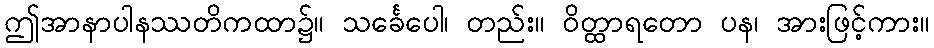
ဤအာနာပါနဿတိကထာ၌။ သင်္ခေပေါ၊ တည်း။ ဝိတ္ထာရတော ပန၊ အားဖြင့်ကား။